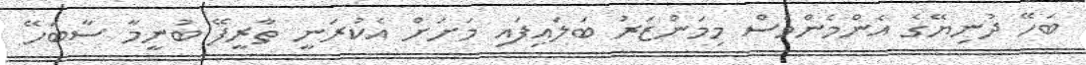
ބަހޭ ދުނިޔޭގެ އެންމެންވެސް މިމަންޒަރު ބަލައިފައި މަށަށް އެކުރަނީ ތާރީފޭ ބުނީމާ ސާބަހޭ